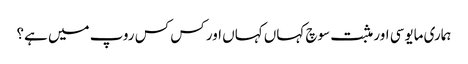
ہماری مایوسی اور مثبت سوچ کہاں کہاں اور کس کس روپ میں ہے؟